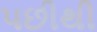
પછીથી